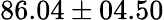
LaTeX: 86.04\pm 04.50